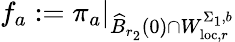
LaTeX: f_{a}:=\left.\pi_{a}\right\vert_{\widehat{B}_{r_{2}}(0)\cap W_{\mathrm{loc},r}^{\Sigma_{1},b}}